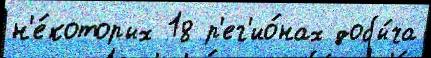
н'е́которых 18 р'ег'ио́нах добы́ча